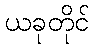
ယခုတိုင်